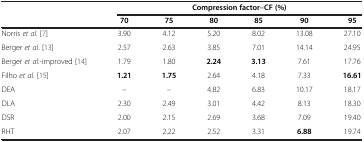
<table><thead><tr><td rowspan="2"><b> </b></td><td colspan="6"><b>Compression factor‒CF (%)</b></td></tr><tr><td><b>70</b></td><td><b>75</b></td><td><b>80</b></td><td><b>85</b></td><td><b>90</b></td><td><b>95</b></td></tr></thead><tbody><tr><td>Norris <i>et al</i>. [7]</td><td>3.90</td><td>4.12</td><td>5.20</td><td>8.02</td><td>13.08</td><td>27.10</td></tr><tr><td>Berger <i>et al</i>. [13]</td><td>2.57</td><td>2.63</td><td>3.85</td><td>7.01</td><td>14.14</td><td>24.95</td></tr><tr><td>Berger <i>et al.</i>-improved [14]</td><td>1.79</td><td>1.80</td><td><b>2.24</b></td><td><b>3.13</b></td><td>7.61</td><td>17.76</td></tr><tr><td>Filho <i>et al.</i>[15]</td><td><b>1.21</b></td><td><b>1.75</b></td><td>2.64</td><td>4.18</td><td>7.33</td><td><b>16.61</b></td></tr><tr><td>DEA</td><td>–</td><td>–</td><td>4.82</td><td>6.83</td><td>10.17</td><td>18.17</td></tr><tr><td>DLA</td><td>2.30</td><td>2.49</td><td>3.01</td><td>4.42</td><td>8.13</td><td>18.30</td></tr><tr><td>DSR</td><td>2.00</td><td>2.15</td><td>2.69</td><td>3.68</td><td>7.09</td><td>19.40</td></tr><tr><td>RHT</td><td>2.07</td><td>2.22</td><td>2.52</td><td>3.31</td><td><b>6.88</b></td><td>19.74</td></tr></tbody></table>